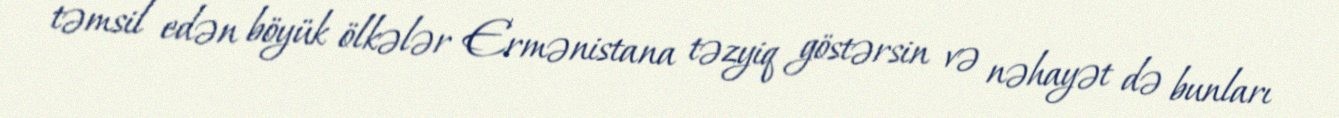
təmsil edən böyük ölkələr Ermənistana təzyiq göstərsin və nəhayət də bunları